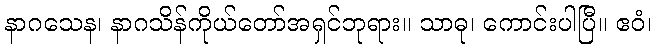
နာဂသေန၊ နာဂသိန်ကိုယ်တော်အရှင်ဘုရား။ သာဓု၊ ကောင်းပါပြီ။ ဧဝံ၊